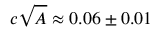
c \sqrt { A } \approx 0 . 0 6 \pm 0 . 0 1